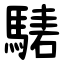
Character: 騞